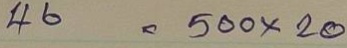
46 = 500x20